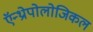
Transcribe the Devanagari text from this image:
ऍन्थ्रोपोलोजिकल